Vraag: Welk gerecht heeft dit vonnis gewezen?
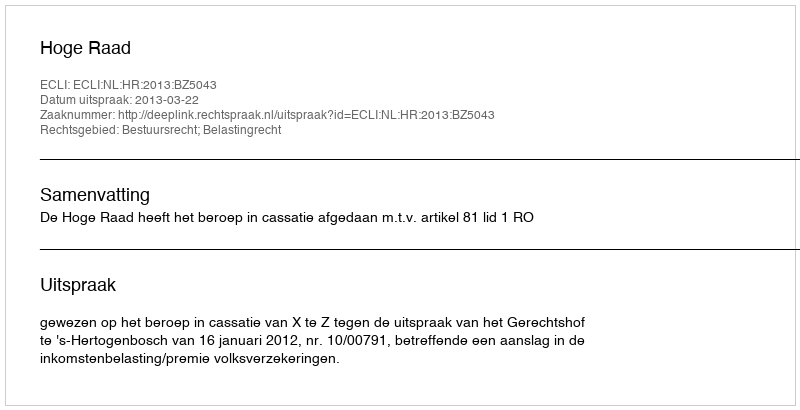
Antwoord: Hoge Raad